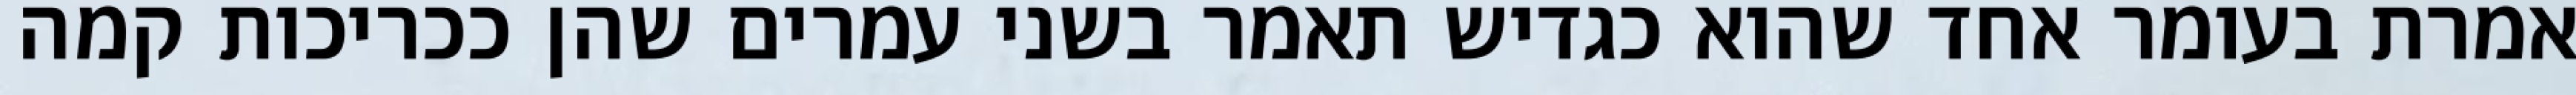
אמרת בעומר אחד שהוא כגדיש תאמר בשני עמרים שהן ככריכות קמה